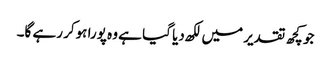
جو کچھ تقدیر میں لکھ دیا گیا ہے وہ پورا ہوکر رہے گا۔